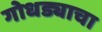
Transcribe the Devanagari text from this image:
गोधड्याचा